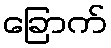
ခြောက်